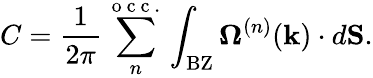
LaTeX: C=\frac{1}{2\pi}\sum_{n}^{\mathrm{~o~c~c~.~}}\int_{\mathrm{BZ}}\mathbf{\Omega}^{(n)}(\mathbf{k})\cdot d\mathbf{S}.